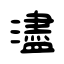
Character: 濜